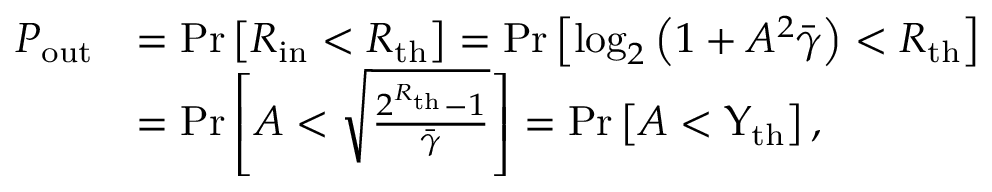
\begin{array} { r l } { P _ { \mathrm { o u t } } } & { = \mathrm { P r } \left[ R _ { \mathrm { i n } } < R _ { \mathrm { t h } } \right] = \mathrm { P r } \left[ \mathrm { l o g } _ { 2 } \left( 1 + A ^ { 2 } \Bar { \gamma } \right) < R _ { \mathrm { t h } } \right] } \\ & { = \mathrm { P r } \left[ A < \sqrt { \frac { 2 ^ { R _ { \mathrm { t h } } } - 1 } { \Bar { \gamma } } } \right] = \mathrm { P r } \left[ A < \Upsilon _ { \mathrm { t h } } \right] , } \end{array}